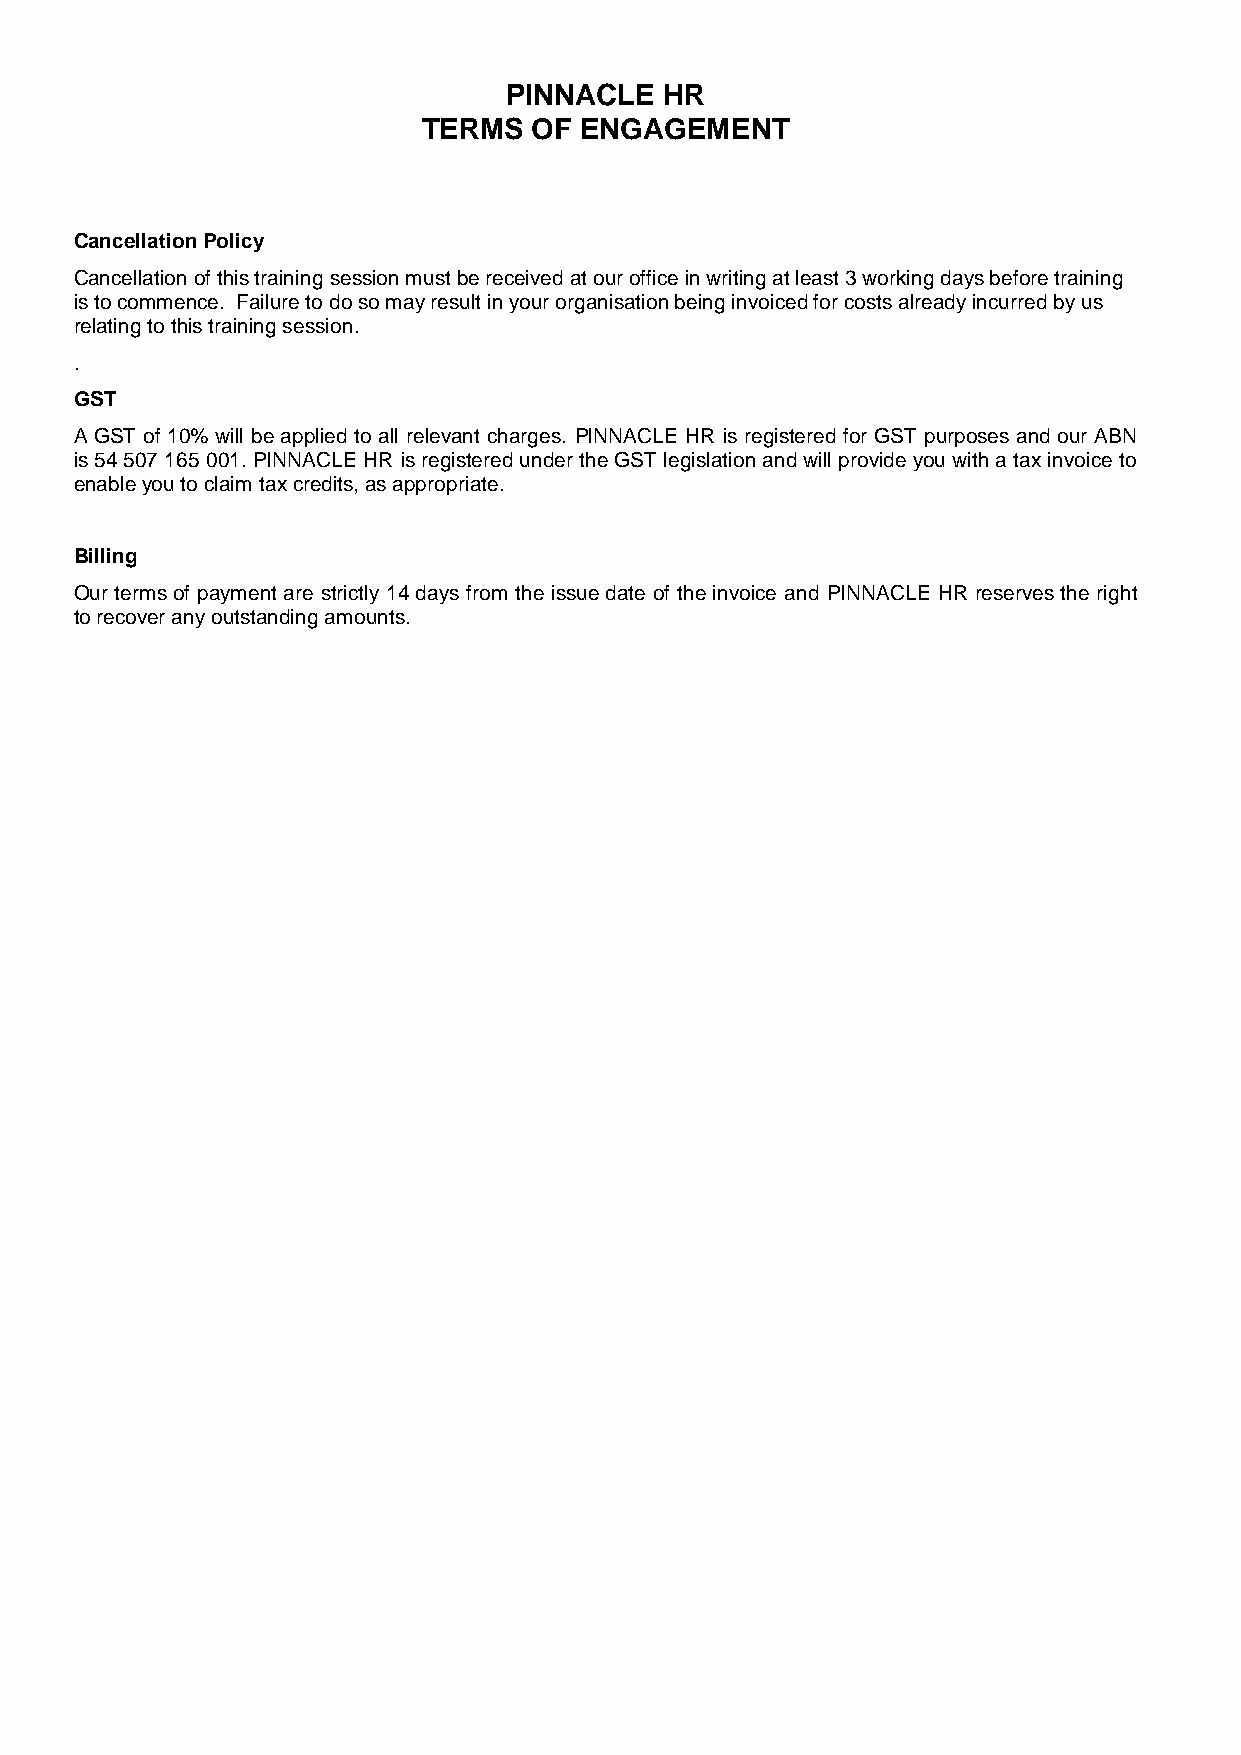
PINNACLE   HR
 TERMS  OF ENGAGEMENT
 Cancellation Policy
 Cancellation of this training session must be received at our office in writing at least 3 working days before training
 is to commence. Failure to do so may result in your organisation being invoiced for costs already incurred by us
 relating to this training session.
 .
 GST
 A GST of 10% will be applied to all relevant charges. PINNACLE HR is registered for GST purposes and our ABN
 is 54 507 165 001. PINNACLE HR is registered under the GST legislation and will provide you with a tax invoice to
 enable you to claim tax credits, as appropriate.
 Billing
 Our terms of payment are strictly 14 days from the issue date of the invoice and PINNACLE HR reserves the right
 to recover any outstanding amounts.